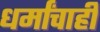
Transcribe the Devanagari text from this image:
धर्मांचाही